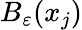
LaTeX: B_{\varepsilon}(x_{j})